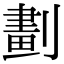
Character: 劃